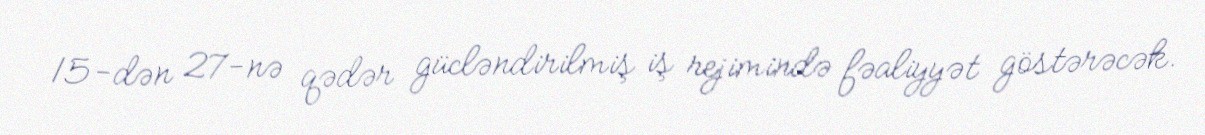
15-dən 27-nə qədər gücləndirilmiş iş rejimində fəaliyyət göstərəcək.